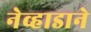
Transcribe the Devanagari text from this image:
नेव्हाडाने